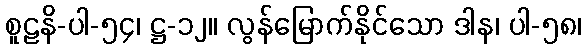
စူဠနိ-ပါ-၅၄၊ ဋ္ဌ-၁၂။ လွန်မြောက်နိုင်သော ဒါန၊ ပါ-၅၈၊